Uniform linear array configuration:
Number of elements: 64
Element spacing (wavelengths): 0.5
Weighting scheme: blackman
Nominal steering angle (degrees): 15
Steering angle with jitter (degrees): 13.912
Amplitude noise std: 0.05
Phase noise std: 0.05

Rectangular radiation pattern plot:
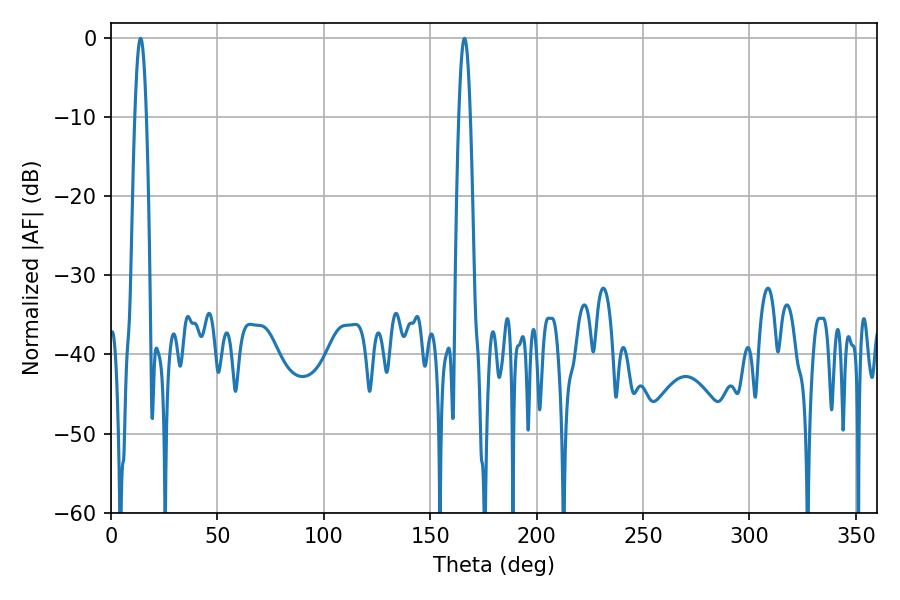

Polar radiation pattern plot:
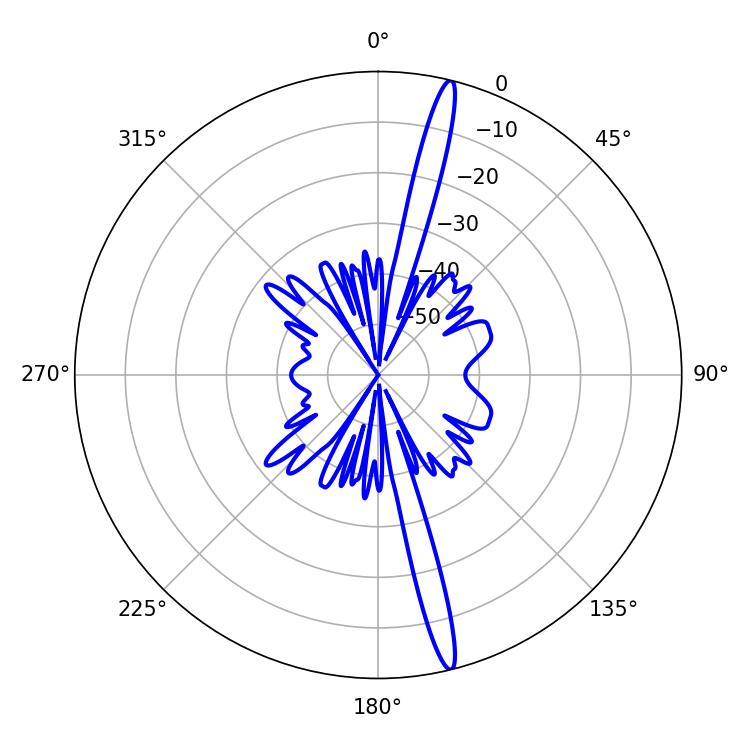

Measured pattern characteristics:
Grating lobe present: FALSE
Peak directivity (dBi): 18.655
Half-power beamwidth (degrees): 2.88
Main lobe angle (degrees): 13.86